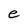
Character: e